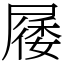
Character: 㞜